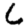
Digit: 6